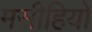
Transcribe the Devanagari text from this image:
मसीहियों